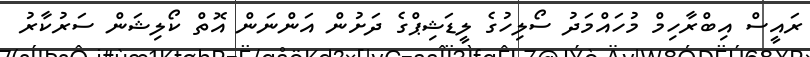
ރައީސް އިބްރާހިމް މުހައްމަދު ސޯލިހުގެ ލީޑަޝިޕްގެ ދަށުން އަންނަން އޮތް ކޯލިޝަން ސަރުކާރު